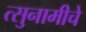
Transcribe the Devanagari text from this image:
त्सुनामीचे